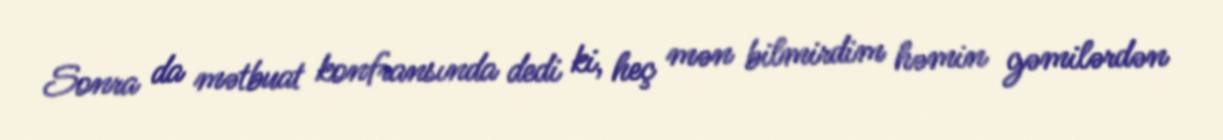
Sonra da mətbuat konfransında dedi ki, heç mən bilmirdim həmin gəmilərdən